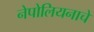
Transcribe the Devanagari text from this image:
नेपोलियनाचे